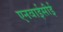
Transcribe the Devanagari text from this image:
एनवाईसीई